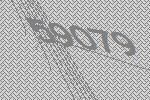
59079